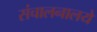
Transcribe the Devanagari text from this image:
संचालनालये